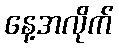
နေ့အလိုက်